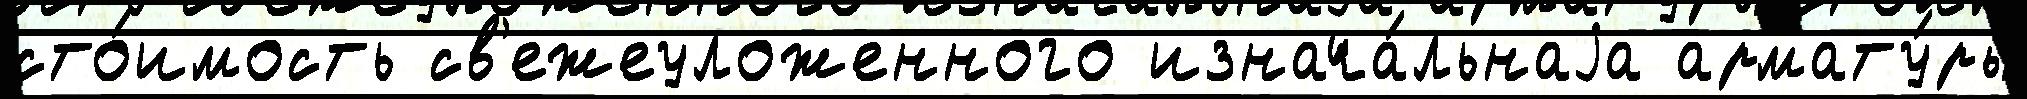
сто́имость св'ежеуложенного изнача́льнаjа армату́ры